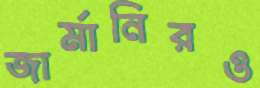
জার্মানিরও